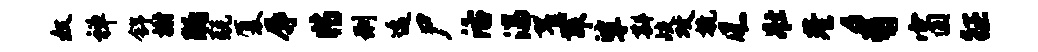
奴禅舒榭肠兢厦辱特刑逶尸活湍翟舞挲斟歧攻挽风壮巷豸窗征